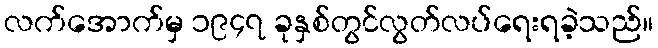
လက်အောက်မှ ၁၉၄၇ ခုနှစ်တွင်လွတ်လပ်ရေးရခဲ့သည်။